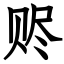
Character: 赆